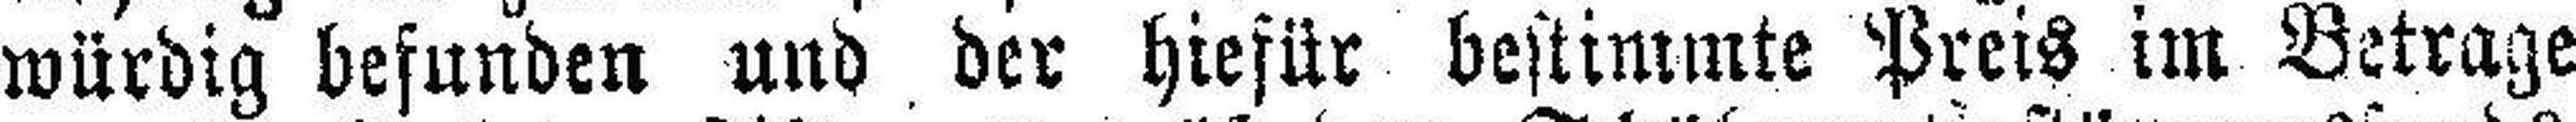
würdig befunden und der hiefür bestimmte Preis im Betrage